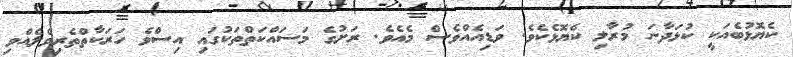
ކެޔޮޅުބެއަކީ ކުޅަދާނަ މުރާލި ކެޔޮޅެކެވެ. ވަޑިއެއްވެސް މެއެވެ. ރަށުގެ މަސައްކަތްތަކުގައި އިސްވެ ހަރަކާތްތެރިވެލެއްވި